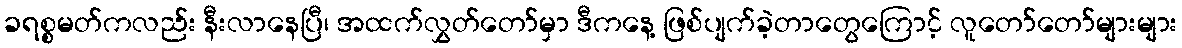
ခရစ္စမတ်ကလည်း နီးလာနေပြီ၊ အထက်လွှတ်တော်မှာ ဒီကနေ့ ဖြစ်ပျက်ခဲ့တာတွေကြောင့် လူတော်တော်များများ